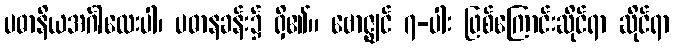
ပဓာနိယအင်္ဂါလေးပါ၊ ပဓာနခန်း၌ ရှိ၏။ ဗောဇ္ဈင် ၇-ပါး ဖြစ်ကြောင်းဆိုင်ရာ ဆိုင်ရာ